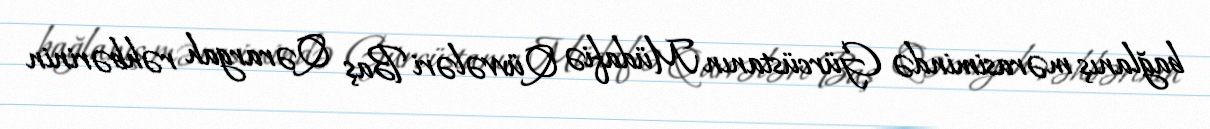
bağlanış mərasimində Gürcüstanın Müdafiə Qüvvələri Baş Qərargah rəhbərinin